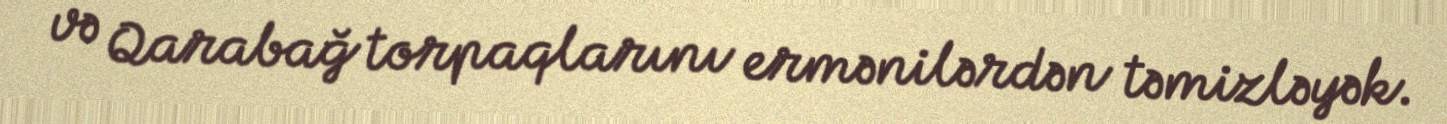
və Qarabağ torpaqlarını ermənilərdən təmizləyək.